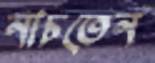
নাচতেন